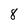
Character: 8